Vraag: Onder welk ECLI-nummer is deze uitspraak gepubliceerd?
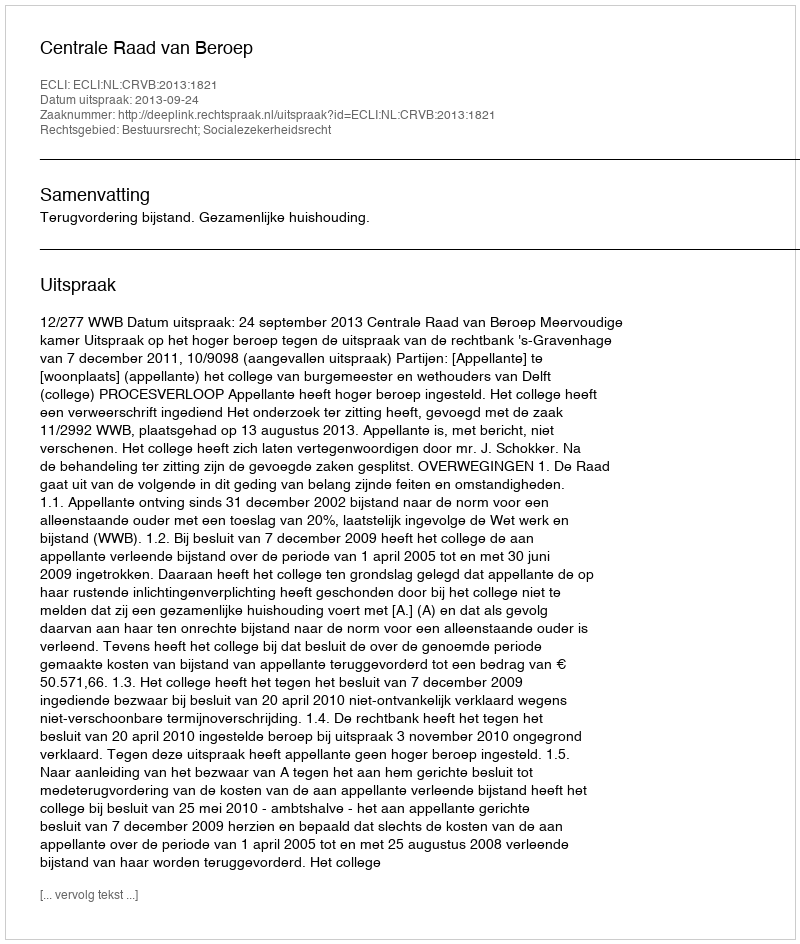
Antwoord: ECLI:NL:CRVB:2013:1821